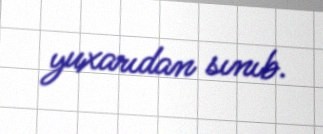
yuxarıdan sınıb.